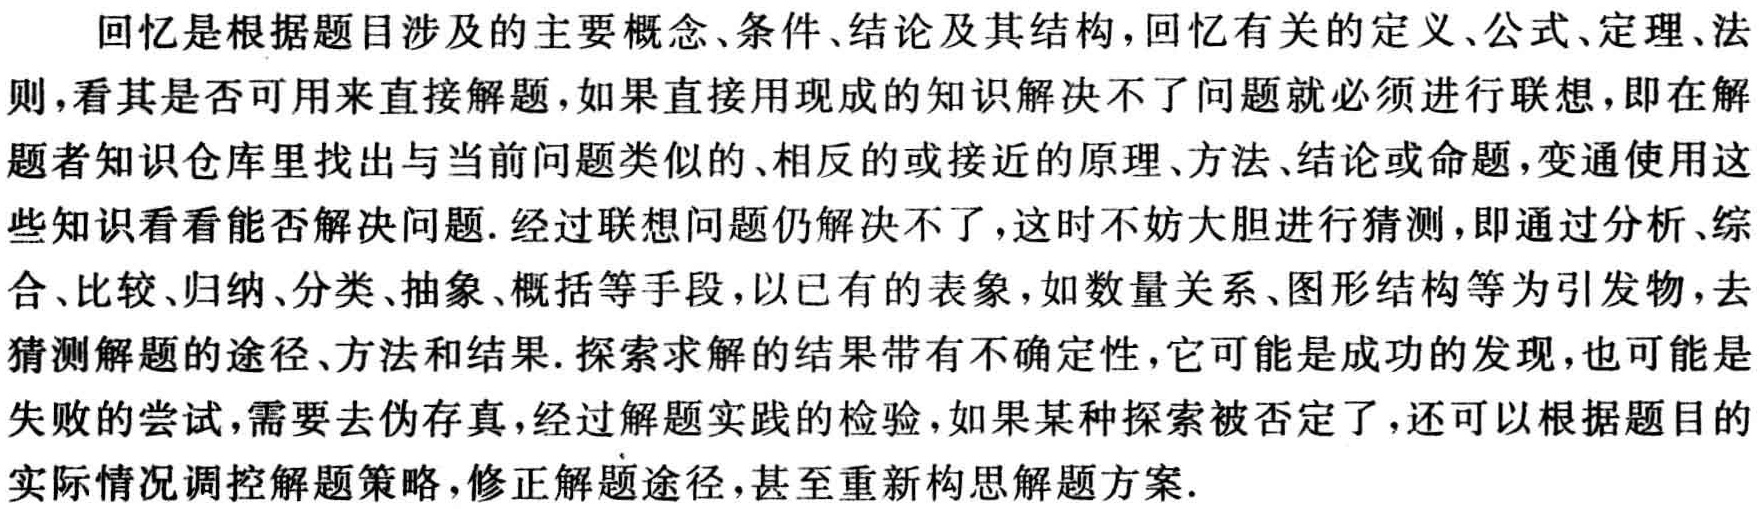
回忆是根据题目涉及的主要概念、条件、结论及其结构，回忆有关的定义、公式、定理、法则，看其是否可用来直接解题，如果直接用现成的知识解决不了问题就必须进行联想，即在解题者知识仓库里找出与当前问题类似的、相反的或接近的原理、方法、结论或命题，变通使用这些知识看看能否解决问题. 经过联想问题仍解决不了，这时不妨大胆进行猜测，即通过分析、综合、比较、归纳、分类、抽象、概括等手段，以已有的表象，如数量关系、图形结构等为引发物，去猜测解题的途径、方法和结果. 探索求解的结果带有不确定性，它可能是成功的发现，也可能是失败的尝试，需要去伪存真，经过解题实践的检验，如果某种探索被否定了，还可以根据题目的实际情况调控解题策略，修正解题途径，甚至重新构思解题方案.